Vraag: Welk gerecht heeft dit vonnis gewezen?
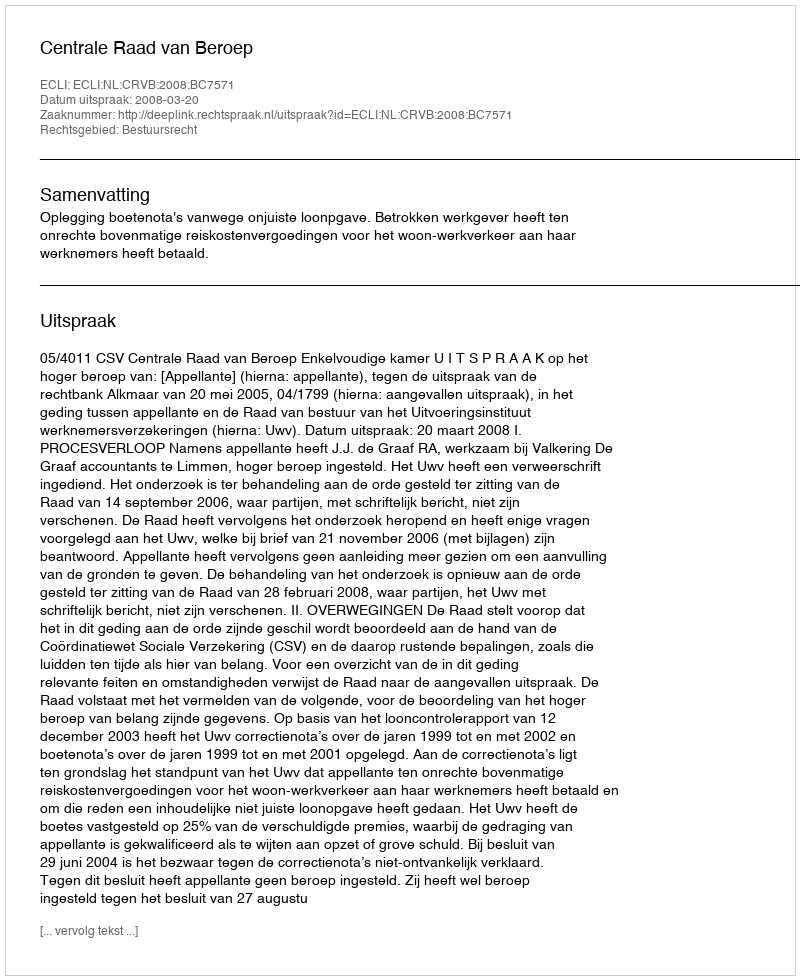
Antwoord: Centrale Raad van Beroep